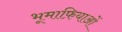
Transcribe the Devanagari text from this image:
भूमाफ़ियाओं